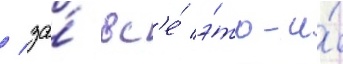
/ за́ вс'е́ э́то-и́